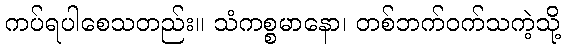
ကပ်ရပါစေသတည်း။ သံကစ္စမာနော၊ တစ်ဘက်ဝက်သကဲ့သို့